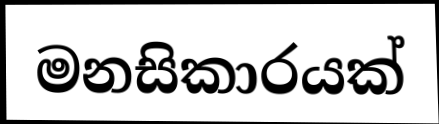
මනසිකාරයක්